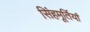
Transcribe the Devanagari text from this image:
सिंहमूर्तियाँ